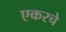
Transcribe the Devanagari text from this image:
एकरचे